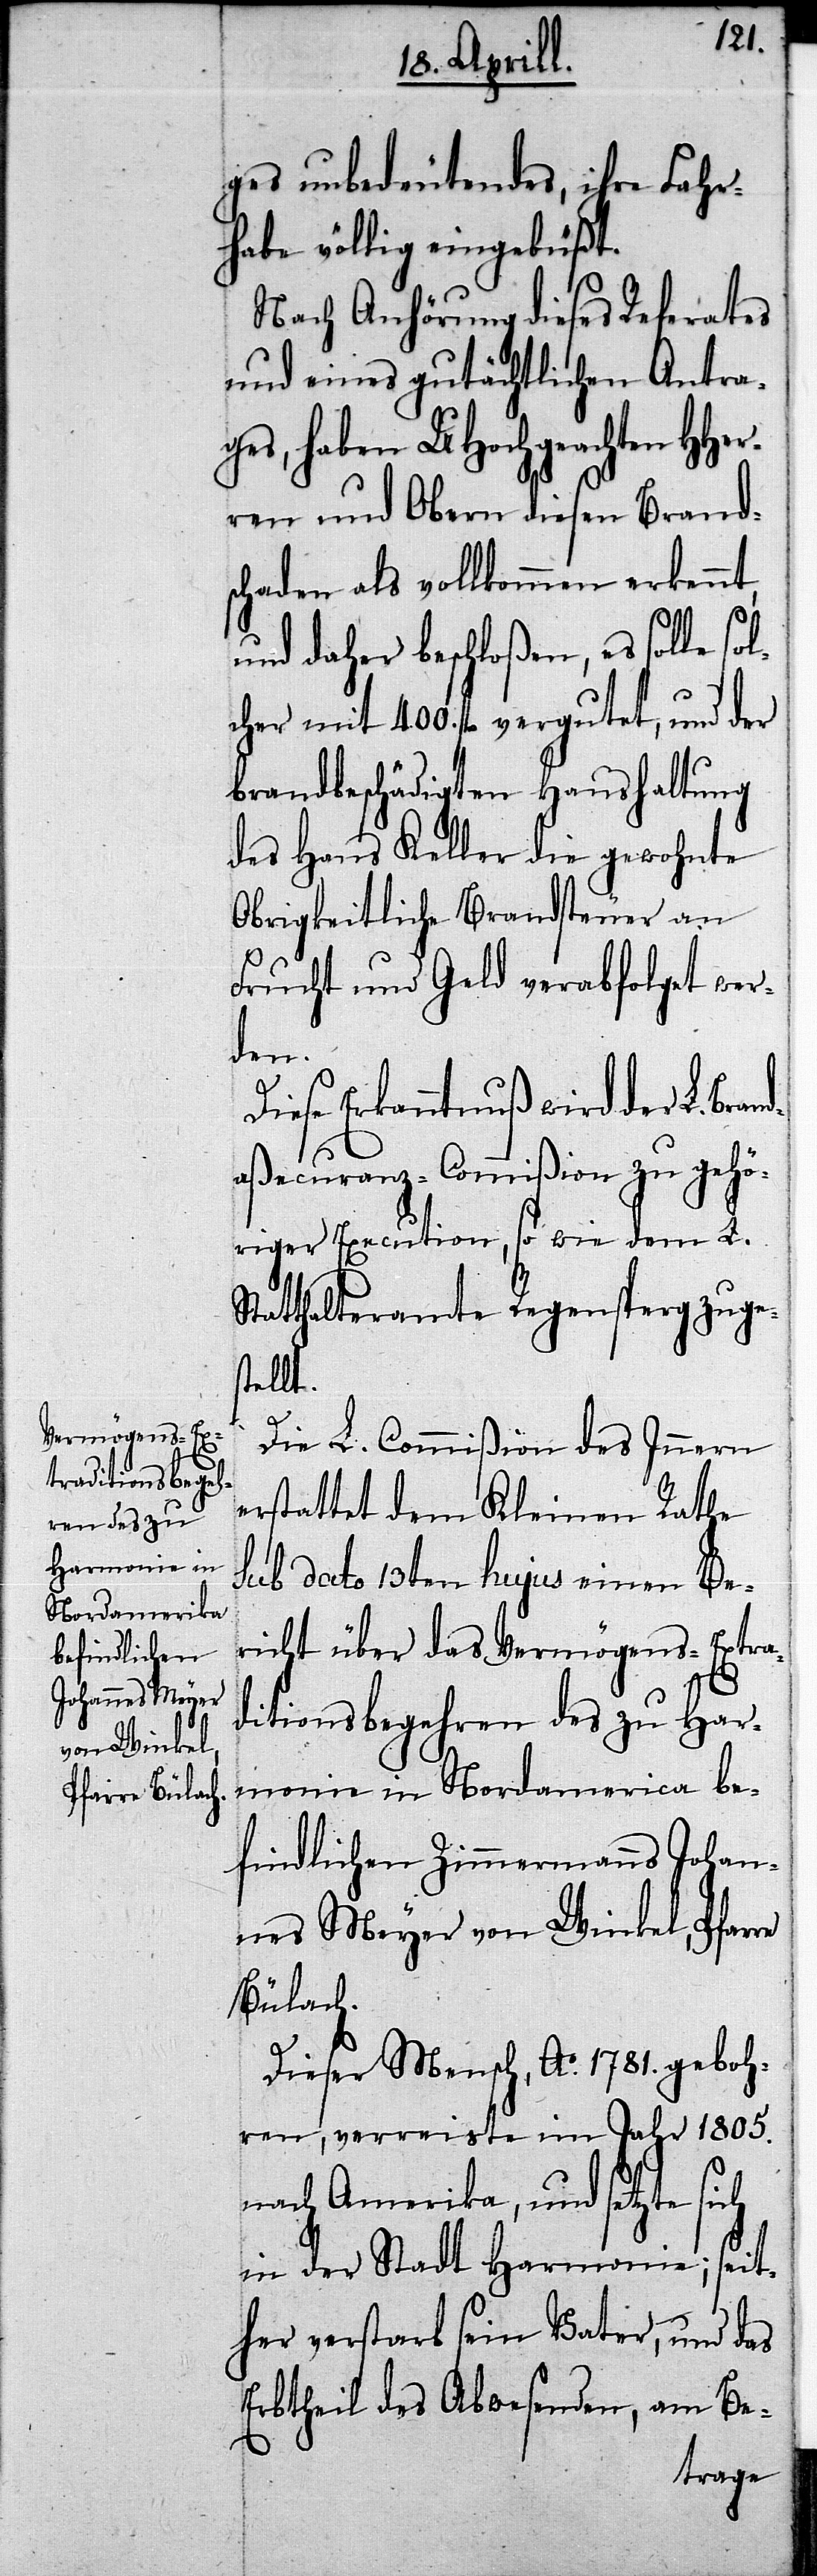
ges unbedeutendes, ihre Fahr¬
habe völlig eingebüßt.
Nach Anhörung dieses Referates
und eines gutächtlichen Antra¬
ges, haben UHochgeachten HHer¬
ren und Obern diesen Brand¬
schaden als vollkommen erkannt,
und daher beschloßen, es solle so¬
lcher mit 400. fl. vergutet, und der
brandbeschädigten Haushaltung
des Hans Keller die gewohnte
Obrigkeitliche Brandsteuer an
Frucht und Geld verabfolgt wer¬
den.
Erkanntnuß wird der L. Br¬
aßecuranz-Commißion zu gehö¬
riger Execution, so wie dem L.
Statthalteramte Regensperg zuges¬
tellt.
Die L. Commißion des Innern
erstattet dem Kleinen Rathe
sub dato 13ten hujus einen Be¬
richt über das Vermögens-Extra¬
re
ditionsbegehren des zu Har¬
monie in Nordamerica be¬
findlichen Zimmermanns Johan¬
nes Meyer von Winkel, Pfar¬
Bülach.
Dieser Mensch, Ao. 1781. geboh¬
ren, verreiste im Jahr 1805.
nach Amerika, und setzte sich
in der Stadt Harmonie, seit¬
her verstarb sein Vater, und das
Erbtheil des Abwesenden, um Be-